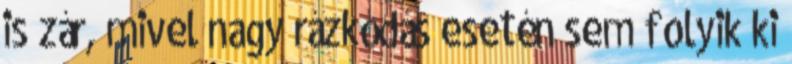
is zár, mivel nagy rázkódás esetén sem folyik ki